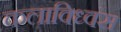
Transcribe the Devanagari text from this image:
कलाविध्वंस